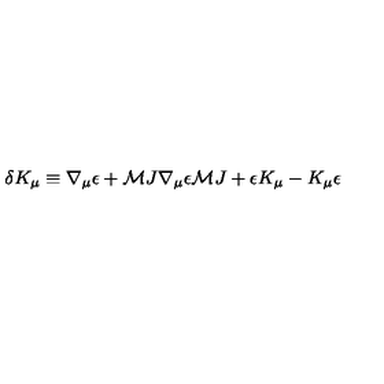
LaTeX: \delta K _ { \mu } \equiv \nabla _ { \mu } \epsilon + { \cal M } J \nabla _ { \mu } \epsilon { \cal M } J + \epsilon K _ { \mu } - K _ { \mu } \epsilon